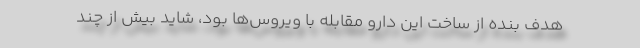
هدف بنده از ساخت این دارو مقابله با ویروس‌ها بود، شاید بیش از چند